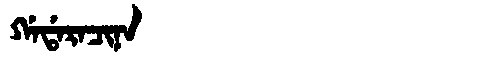
Manchu: ᡤᠠᡩᠠᡵᠠᠴᡳᠨᠠ
Romanization: GADARACINA